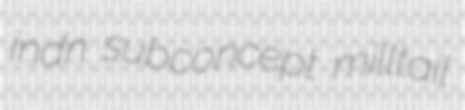
indn subconcept milltail